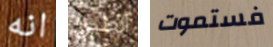
انه الطين فستموت